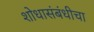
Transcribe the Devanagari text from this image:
शोधासंबंधीचा